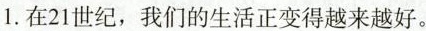
1.在21世纪，我们的生活正变得越来越好。